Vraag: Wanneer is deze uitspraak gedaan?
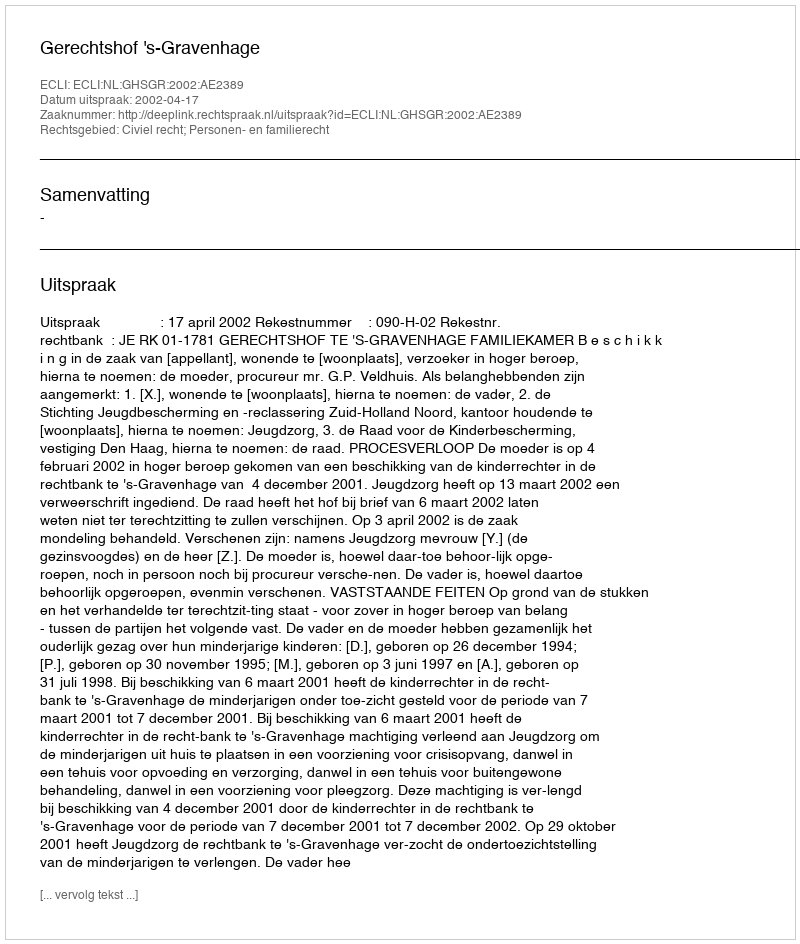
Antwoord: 2002-04-17